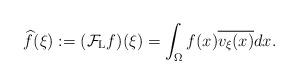
LaTeX: \begin{align*}\widehat{f}(\xi):=(\mathcal F_{{\rm L}}f)(\xi)=\int_{\Omega}f(x)\overline{v_{\xi}(x)}dx.\end{align*}